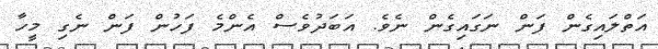
އަތްލައިގެން ފަން ނަގައިގެން ނެވެ. އަބަދުވެސް އެންމެ ފަހުން ފަން ނެގި މީހާ